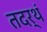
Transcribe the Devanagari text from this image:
तदर्थं